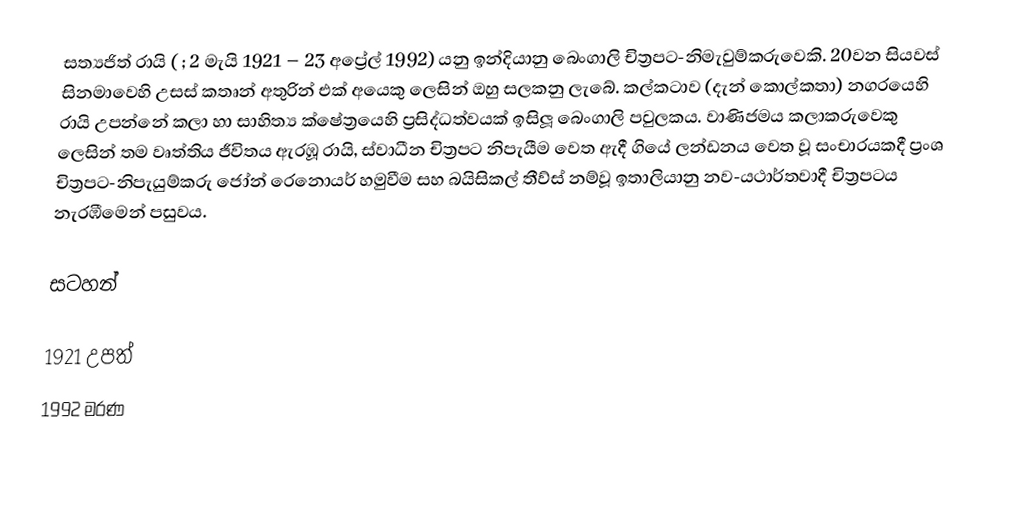
සත්‍යජිත් රායි ( ; 2 මැයි 1921 – 23 අප්‍රේල් 1992) යනු ඉන්දියානු බෙංගාලි චිත්‍රපට-නිමැවුම්කරුවෙකි. 20වන සියවස් සිනමාවෙහි උසස් කතෘන් අතුරින් එක් අයෙකු ලෙසින් ඔහු සලකනු ලැබේ. කල්කටාව (දැන් කොල්කතා) නගරයෙහි රායි උපන්නේ කලා හා සාහිත්‍ය ක්ෂේත්‍රයෙහි ප්‍රසිද්ධත්වයක් ඉසිලූ බෙංගාලි පවුලකය. වාණිජමය කලාකරුවෙකු ලෙසින් තම වෘත්තිය ජීවිතය ඇරඹූ රායි, ස්වාධීන චිත්‍රපට  නිපැයීම වෙත ඇදී ගියේ ලන්ඩනය වෙත වූ සංචාරයකදී ප්‍රංශ චිත්‍රපට-නිපැයුම්කරු ජෝන් රෙනොයර් හමුවීම සහ බයිසිකල් තීව්ස් නම්වූ ඉතාලියානු නව-යථාර්තවාදී චිත්‍රපටය නැරඹීමෙන් පසුවය.

සටහන්

1921 උපත්
1992 මරණ